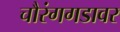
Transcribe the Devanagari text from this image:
चौरंगगडावर